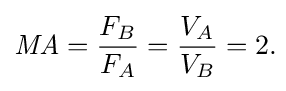
{\mathit {MA}}={\frac {F_{B}}{F_{A}}}={\frac {V_{A}}{V_{B}}}=2.\!